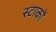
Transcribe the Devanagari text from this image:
स्टाकों